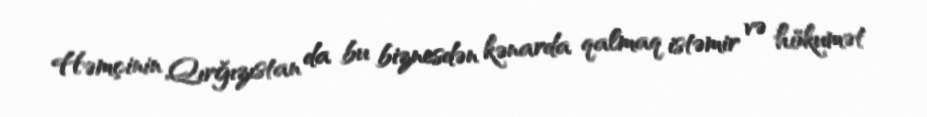
Həmçinin Qırğızıstan da bu biznesdən kənarda qalmaq istəmir və hökumət